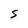
Character: S